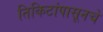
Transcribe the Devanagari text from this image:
तिकिटांपासूनचे